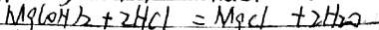
M g ( O H ) _ { 2 } + 2 H C l = M g C l + 2 H _ { 2 } O